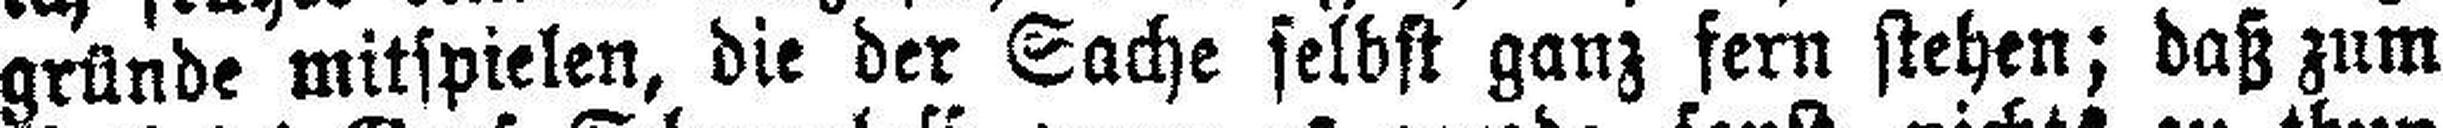
gründe mitspielen, die der Sache selbst ganz fern stehen; daß zum